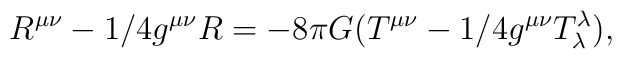
R^{\mu \nu} - 1/4 g^{\mu \nu} R = -8 \pi G (T^{\mu \nu} - 1/4 g^{\mu \nu}T^{\lambda}_{\lambda}),